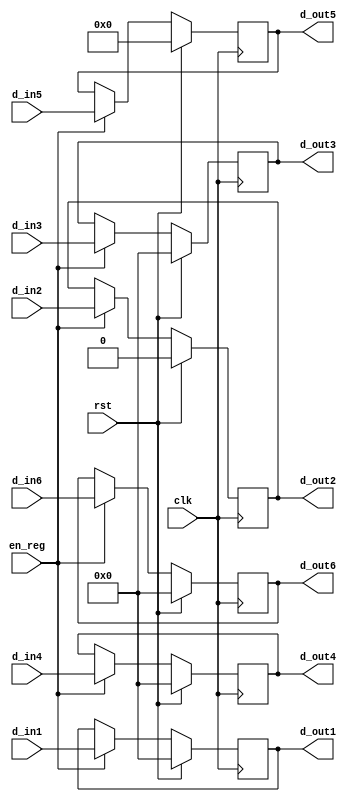
module reg_EX2MEM ( clk, rst, en_reg, d_in1, d_in2, d_in3, d_in4, d_in5, d_in6, d_out1, d_out2, d_out3, d_out4, d_out5, d_out6 );
    input clk, rst, en_reg;
    input[31:0]	d_in1, d_in3, d_in4, d_in6;
	input [4:0] d_in5;
	input d_in2;
    output reg[31:0] d_out1, d_out3, d_out4, d_out6;
	output reg[4:0] d_out5;
	output reg d_out2;
	
    always @( posedge clk ) begin
        if ( rst ) begin
			d_out1 <= 32'b0;
			d_out2 <= 1'b0;
			d_out3 <= 32'b0;
			d_out4 <= 32'b0;
			d_out5 <= 5'b0;
			d_out6 <= 1'b0;
		end	
        else if ( en_reg ) begin
			d_out1 <= d_in1;
			d_out2 <= d_in2;
			d_out3 <= d_in3;
			d_out4 <= d_in4;
			d_out5 <= d_in5;
			d_out6 <= d_in6;
		end	
    end

endmodule